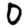
Digit: 0